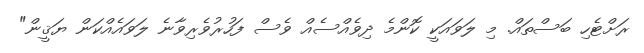
ރަށްޓެހި ބަސްތައް. މި ލަވައަކީ ކޮންމެ ދިވެއްސެއް ވެސް ފަހުރުވެރިވާނެ ލަވައެއްކަން ޔަޤީން"